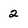
Character: 2